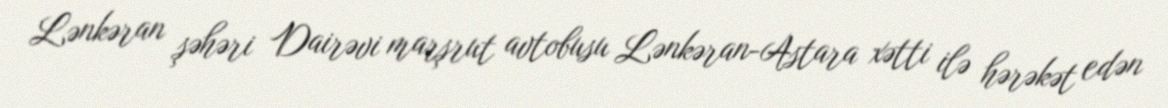
Lənkəran şəhəri Dairəvi marşrut avtobusu Lənkəran-Astara xətti ilə hərəkət edən